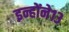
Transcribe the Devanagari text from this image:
इन्होंने१३